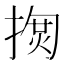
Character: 𢱳